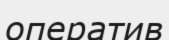
оператив